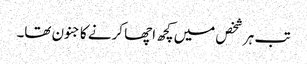
تب ہر شخص میں کچھ اچھا کرنے کا جنون تھا۔